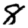
Digit: 8